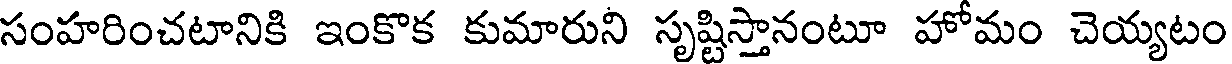
సంహరించటానికి ఇంకొక కుమారుని సృష్టిస్తానంటూ హోమం చెయ్యటం